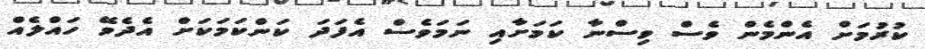
ކުރުމަށް އެންމެން ވެސް ވިސްނާ ކަމަށާއި ނަމަވެސް އެފަދަ ކަންކަމަކަށް އެދެވޭ ހައްލެއް